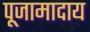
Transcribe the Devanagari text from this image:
पूजामादाय